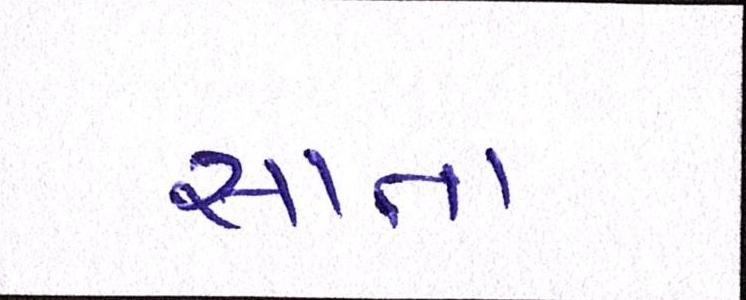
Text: સાતા